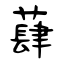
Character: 蕼